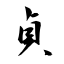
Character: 貞